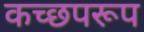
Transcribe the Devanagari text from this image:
कच्छपरूप